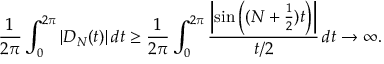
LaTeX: { \frac { 1 } { 2 \pi } } \int _ { 0 } ^ { 2 \pi } | D _ { N } ( t ) | \, d t \geq { \frac { 1 } { 2 \pi } } \int _ { 0 } ^ { 2 \pi } { \frac { \left| \sin \left( ( N + { \frac { 1 } { 2 } } ) t \right) \right| } { t / 2 } } \, d t \to \infty .